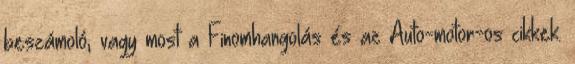
beszámoló, vagy most a Finomhangolás és az Auto-motor-os cikkek.